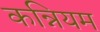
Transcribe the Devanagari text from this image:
कन्नियम